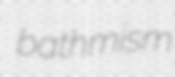
bathmism